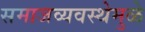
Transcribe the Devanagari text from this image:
समाजव्यवस्थेमुळे